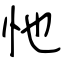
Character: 忚